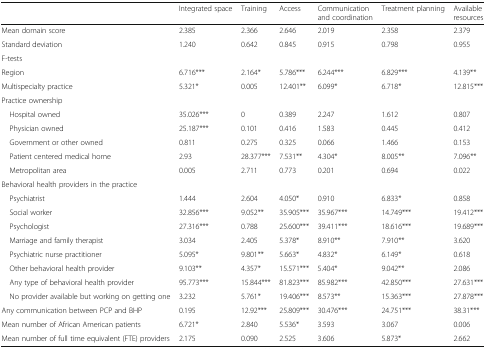
<table><thead><tr><td></td><td><b>Integrated space</b></td><td><b>Training</b></td><td><b>Access</b></td><td><b>Communication and coordination</b></td><td><b>Treatment planning</b></td><td><b>Available resources</b></td></tr></thead><tbody><tr><td>Mean domain score</td><td>2.385</td><td>2.366</td><td>2.646</td><td>2.019</td><td>2.358</td><td>2.379</td></tr><tr><td>Standard deviation</td><td>1.240</td><td>0.642</td><td>0.845</td><td>0.915</td><td>0.798</td><td>0.955</td></tr><tr><td>F-tests</td><td colspan="6"></td></tr><tr><td>Region</td><td>6.716***</td><td>2.164*</td><td>5.786***</td><td>6.244***</td><td>6.829***</td><td>4.139**</td></tr><tr><td>Multispecialty practice</td><td>5.321*</td><td>0.005</td><td>12.401**</td><td>6.099*</td><td>6.718*</td><td>12.815***</td></tr><tr><td colspan="7">Practice ownership</td></tr><tr><td> Hospital owned</td><td>35.026***</td><td>0</td><td>0.389</td><td>2.247</td><td>1.612</td><td>0.807</td></tr><tr><td> Physician owned</td><td>25.187***</td><td>0.101</td><td>0.416</td><td>1.583</td><td>0.445</td><td>0.412</td></tr><tr><td> Government or other owned</td><td>0.811</td><td>0.275</td><td>0.325</td><td>0.066</td><td>1.466</td><td>0.153</td></tr><tr><td> Patient centered medical home</td><td>2.93</td><td>28.377***</td><td>7.531**</td><td>4.304*</td><td>8.005**</td><td>7.096**</td></tr><tr><td> Metropolitan area</td><td>0.005</td><td>2.711</td><td>0.773</td><td>0.201</td><td>0.694</td><td>0.022</td></tr><tr><td colspan="7">Behavioral health providers in the practice</td></tr><tr><td> Psychiatrist</td><td>1.444</td><td>2.604</td><td>4.050*</td><td>0.910</td><td>6.833*</td><td>0.858</td></tr><tr><td> Social worker</td><td>32.856***</td><td>9.052**</td><td>35.905***</td><td>35.967***</td><td>14.749***</td><td>19.412***</td></tr><tr><td> Psychologist</td><td>27.316***</td><td>0.788</td><td>25.600***</td><td>39.411***</td><td>18.616***</td><td>19.689***</td></tr><tr><td> Marriage and family therapist</td><td>3.034</td><td>2.405</td><td>5.378*</td><td>8.910**</td><td>7.910**</td><td>3.620</td></tr><tr><td> Psychiatric nurse practitioner</td><td>5.095*</td><td>9.801**</td><td>5.663*</td><td>4.832*</td><td>6.149*</td><td>0.618</td></tr><tr><td> Other behavioral health provider</td><td>9.103**</td><td>4.357*</td><td>15.571***</td><td>5.404*</td><td>9.042**</td><td>2.086</td></tr><tr><td> Any type of behavioral health provider</td><td>95.773***</td><td>15.844***</td><td>81.823***</td><td>85.982***</td><td>42.850***</td><td>27.631***</td></tr><tr><td> No provider available but working on getting one</td><td>3.232</td><td>5.761*</td><td>19.406***</td><td>8.573**</td><td>15.363***</td><td>27.878***</td></tr><tr><td>Any communication between PCP and BHP</td><td>0.195</td><td>12.92***</td><td>25.809***</td><td>30.476***</td><td>24.751***</td><td>38.31***</td></tr><tr><td>Mean number of African American patients</td><td>6.721*</td><td>2.840</td><td>5.536*</td><td>3.593</td><td>3.067</td><td>0.006</td></tr><tr><td>Mean number of full time equivalent (FTE) providers</td><td>2.175</td><td>0.090</td><td>2.525</td><td>3.606</td><td>5.873*</td><td>2.662</td></tr></tbody></table>